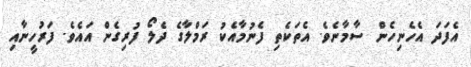
އެފަދަ އެހެނިހެން ސާމާނެވެ. އެތަކެތި ފެނުމާއެކު ރަމްލާގެ ދެލޯ ފުރިގެން އައެވެ. ފަރުހީނާއި